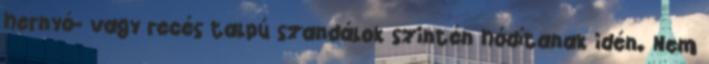
hernyó- vagy recés talpú szandálok szintén hódítanak idén. Nem